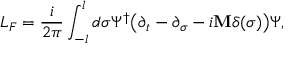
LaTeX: L _ { F } = \frac { i } { 2 \pi } \int _ { - l } ^ { l } d \sigma \Psi ^ { \dagger } \bigl ( \partial _ { t } - \partial _ { \sigma } - i { \bf M } \delta ( \sigma ) \bigr ) \Psi ,